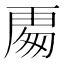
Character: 𭅍